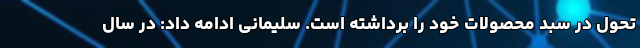
تحول در سبد محصولات خود را برداشته است. سلیمانی ادامه داد: در سال